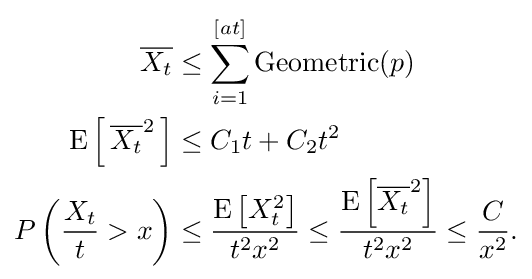
{\begin{aligned}{\overline {X_{t}}}&\leq \sum _{i=1}^{[at]}\operatorname {Geometric} (p)\\\operatorname {E} \left[\,{\overline {X_{t}}}^{2}\,\right]&\leq C_{1}t+C_{2}t^{2}\\P\left({\frac {X_{t}}{t}}>x\right)&\leq {\frac {\operatorname {E} \left[X_{t}^{2}\right]}{t^{2}x^{2}}}\leq {\frac {\operatorname {E} \left[{\overline {X_{t}}}^{2}\right]}{t^{2}x^{2}}}\leq {\frac {C}{x^{2}}}.\end{aligned}}